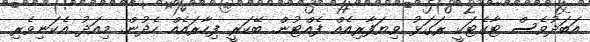
އަބަދުވެސް ޓާގެޓަކީ ރަގަޅު ވިޔަފާރިއެއް ފެއްޓުން. ބޭކަރީ ފިހާރައެއް ހެދުން. މިއަދު އެކަނިވެރި